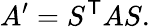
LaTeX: A^{\prime}=S^{\mathsf{T}}AS.